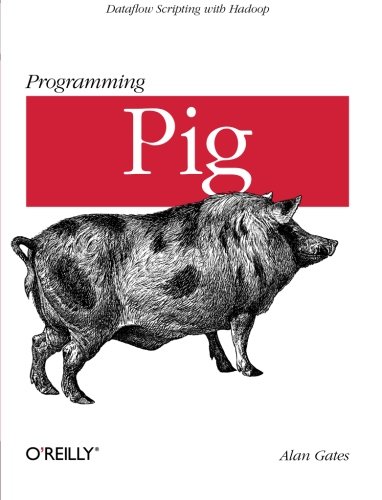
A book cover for Programming Pig; Alan Gates; Computers & Technology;